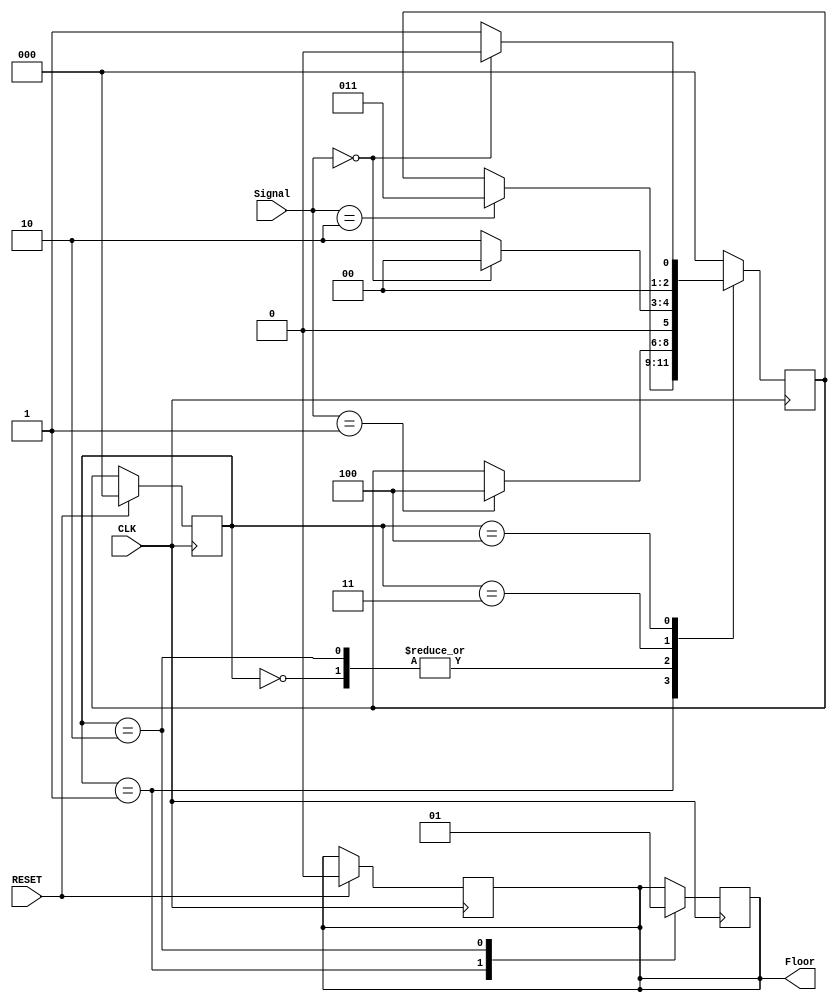
module ascensor
  (
   //inputs
   input wire [1:0]	Signal,
   input wire 	    CLK,
   input wire 	    RESET, 
   //outputs
   output reg 	    Floor
   );

   reg [2:0] 	    rCurrentState, rNextState;

	always @(posedge CLK)
		begin
			if (RESET)				
				begin
					rCurrentState <= 0;
					Floor <= 0;
				end
			else
				begin
					rCurrentState <= rNextState;
				end
		end
			
	always @(negedge CLK) //Signal: 2 subir, 1 bajar, 0 halt
		begin
				begin
					case (rCurrentState)
						0: //Idle
							begin
								if(Signal==2)
									begin
										rNextState <= 3;
									end
								if(Signal == 1)
									begin
										rNextState <= 4;
									end
								else
									begin
										rNextState <= rNextState;
									end
							end
						1: //Primer piso
							begin
								Floor <= 0;
								if (Signal == 2)
									begin
										rNextState <= 3;
									end
								else
									begin
										rNextState <= rNextState;
									end
							end
						2: //Segudno piso
							begin
								Floor <= 1;
								if (Signal == 1)
									begin
										rNextState <= 4;
									end
								else
									begin
										rNextState <= rNextState;
									end
							end
						3: //Going Up
							begin
								if (Signal == 0)
									begin
										rNextState <= 0;
									end
								else
									begin
										rNextState <= 2;
									end
							end
						4: //Going down
							begin
								if (Signal == 0)
									begin
										rNextState <= 0;
									end
								else
									begin
										rNextState <= 1;
									end
							end
						default:
							begin
								rNextState <= 0;
							end
					endcase // casex (woResult)
				end
		end

		
endmodule